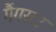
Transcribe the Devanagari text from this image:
गैंगस्टा